Report on vaccination in Madras 1895-1903 - 1895-1903
Year: 1895
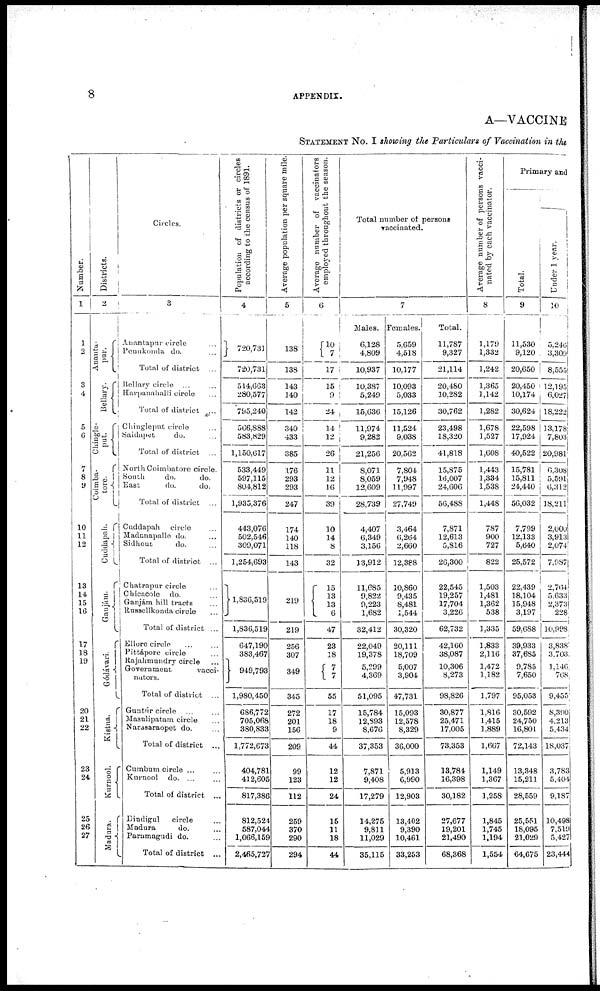
8
APPENDIX.
A—VACCINE
STATEMENT No. I showing the Particulars of Vaccination in the
Number.
1
1
2
3
4
5
6
7
8
9
10
11
12
13
14
15
16
17
18
19
20
21
22
23
24
25
26
27
Districts.
2
Ananta¬
pur.
Bellary.
Chingle¬
put.
Coimba¬
tore.
Cuddapah.
Ganjám.
Gódávari.
Kistna.
Kurnool.
Madura.
Circles.
3
Anantapur circle ...
Penukonda do.
...
Total of district ...
Bellary circle ... ...
Harpanahalli circle ...
Total of district ...
Chingleput circle ...
Saidapet
do. ...
Total of district ...
North Coimbatore circle.
South
do.
do.
East
do.
do.
Total of district ...
Cuddapah circle ...
Madanapalle do. ...
Sidhout
do. ...
Total of district ...
Chatrapur circle ...
Chicacole do. ...
Ganjám hill tracts ...
Russellkonda circle ...
Total of district ...
Ellore circle ... ...
Pittápore circle ...
Rajahmundry circle
...
Government vacci-
nators.
Total of district ...
Guntúr circle ... ...
Masulipatam circle ...
Narasaraopet do. ...
Total of district ...
Cumbum circle ... ...
Kurnool do. ... ...
Total of district ...
Dindigul
circle ...
Madura
do. ...
Paramagudi do. ...
Total of district ...
Population of districts or circles
according to the census of 1891.
4
720,731
720,731
514,663
280,577
795,240
566,888
583,829
1,150,617
533,449
597,115
804,812
1,935,376
443,076
502,546
309,071
1,254,693
1,836,519
1,836,519
647,190
383,467
949,793
1,980,450
686,772
705,068
380,833
1,772,673
404,781
412,605
817,386
812,524
587,044
1,066,159
2,465,727
Average population per square mile.
5
138
138
143
140
142
340
433
385
176
293
293
247
174
140
118
143
219
219
256
307
349
345
272
201
156
209
99
123
112
259
370
290
294
Average number of vaccinators
employed throughout the season.
6
10
7
17
15
9
24
14
12
26
11
12
16
39
10
14
8
32
15
13
13
6
47
23
18
7
7
55
17
18
9
44
12
12
24
15
11
18
44
Total number of persons
vaccinated.
7
Males.
6,128
4,809
10,937
10,387
5,249
15,636
11,974
9,282
21,256
8,071
8,059
12,609
28,739
4,407
6,349
3,156
13,912
11,685
9,822
9,223
1,682
32,412
22,049
19,378
5,299
4,369
51,095
15,784
12,893
8,676
37,353
7,871
9,408
17,279
14,275
9,811
11,029
35,115
Females.
5,659
4,518
10,177
10,093
5,033
15,126
11,524
9,038
20,562
7,804
7,948
11,997
27,749
3,464
6,264
2,660
12,388
10,860
9,435
8,481
1,544
30,320
20,111
18,709
5,007
3,904
47,731
15,093
12,578
8,329
36,000
5,913
6,990
12,903
13,402
9,390
10,461
33,253
Total.
11,787
9,327
21,114
20,480
10,282
30,762
23,498
18,320
41,818
15,875
16,007
24,606
56,488
7,871
12,613
5,816
26,300
22,545
19,257
17,704
3,226
62,732
42,160
38,087
10,306
8,273
98,826
30,877
25,471
17,005
73,353
13,784
16,398
30,182
27,677
19,201
21,490
68,368
Average number of persons vacci-
nated by each vaccinator.
8
1,179
1,332
1,242
1,365
1,142
1,282
1,678
1,527
1,608
1,443
1,334
1,538
1,448
787
900
727
822
1,503
1,481
1,362
538
1,335
1,833
2,116
1,472
1,182
1,797
1,816
1,415
1,889
1,667
1,149
1,367
1,258
1,845
1,745
1,194
1,554
Primary and
Total.
9
11,530
9,120
20,650
20,450
10,174
30,624
22,598
17,924
40,522
15,781
15,811
24,440
56,032
7,799
12,133
5,640
25,572
22,439
18,104
15,948
3,197
59,688
39,933
37,685
9,785
7,650
95,053
30,592
24,750
16,801
72,143
13,348
15,211
28,559
25,551
18,095
21,029
64,675
Under 1 year.
10
5,246
3,309
8,555
12,195
6,027
18,222
13,178
7,803
20,981
6,308
5,591
6,312
18,211
2,000
3,913
2,074
7,987
2,764
5,633
2,373
228
10,998
3,838
3,703
1,146
768
9,455
8,390
4,213
5,434
18,037
3,783
5,404
9,187
10,498
7,519
5,427
23,444